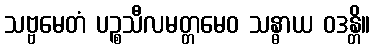
သဗ္ဗမေတံ ပဉ္စသီလမတ္တမေဝ သန္ဓာယ ဝဒန္တိ။